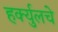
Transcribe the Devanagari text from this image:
हर्क्युलचे